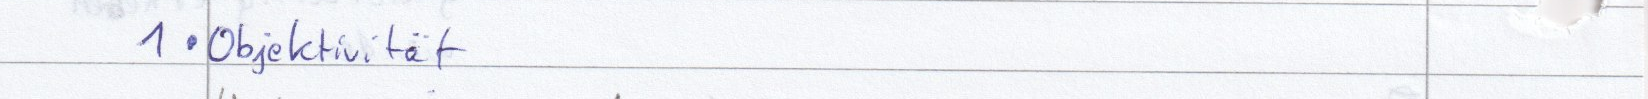
1 Objektivität